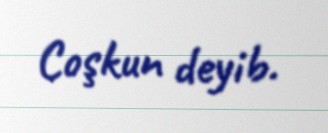
Coşkun deyib.